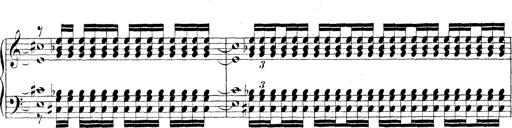
Title: Technische Studien
Composer: Franz Liszt